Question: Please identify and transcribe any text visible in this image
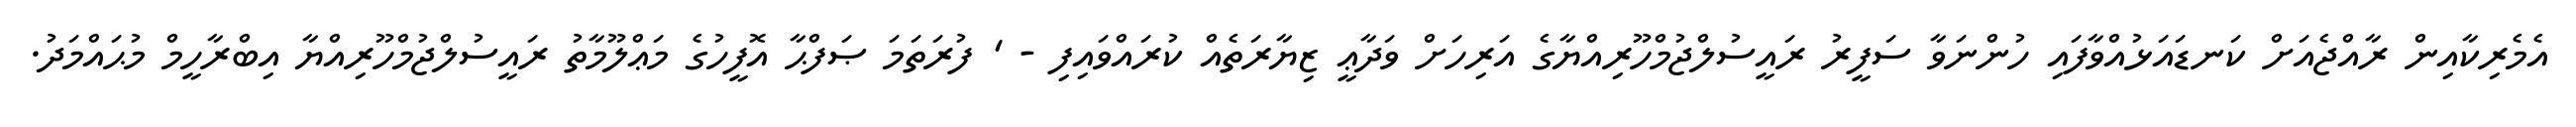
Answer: އެމެރިކާއިން ރާއްޖެއަށް ކަނޑައަޅުއްވާފައި ހުންނަވާ ސަފީރު ރައީސުލްޖުމްހޫރިއްޔާގެ އަރިހަށް ވަދާޢީ ޒިޔާރަތެއް ކުރައްވައިފި - ' ފުރަތަމަ ޞަފްޙާ އޮފީހުގެ މަޢްލޫމާތު ރައީސުލްޖުމްހޫރިއްޔާ އިބްރާހީމް މުޙައްމަދު.